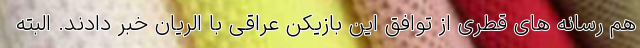
هم رسانه های قطری از توافق این بازیکن عراقی با الریان خبر دادند. البته